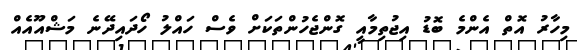
މިހާރު އޮތް އެންމެ ބޮޑު އިޖުތިމާއީ ގޮންޖެހުންތަކަށް ވެސް ހައްލު ހޯދައިދޭނެ މަޝްއޫއެއް